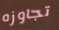
تجاوزه